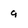
Character: 9